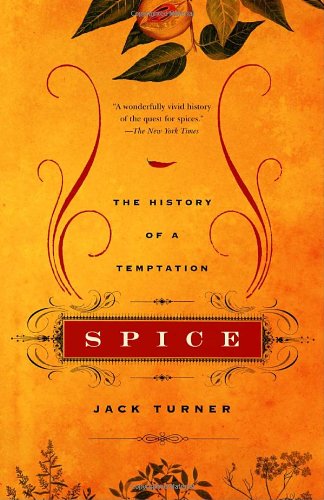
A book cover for Spice: The History of a Temptation; Jack Turner; Cookbooks, Food & Wine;